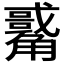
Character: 𧥀